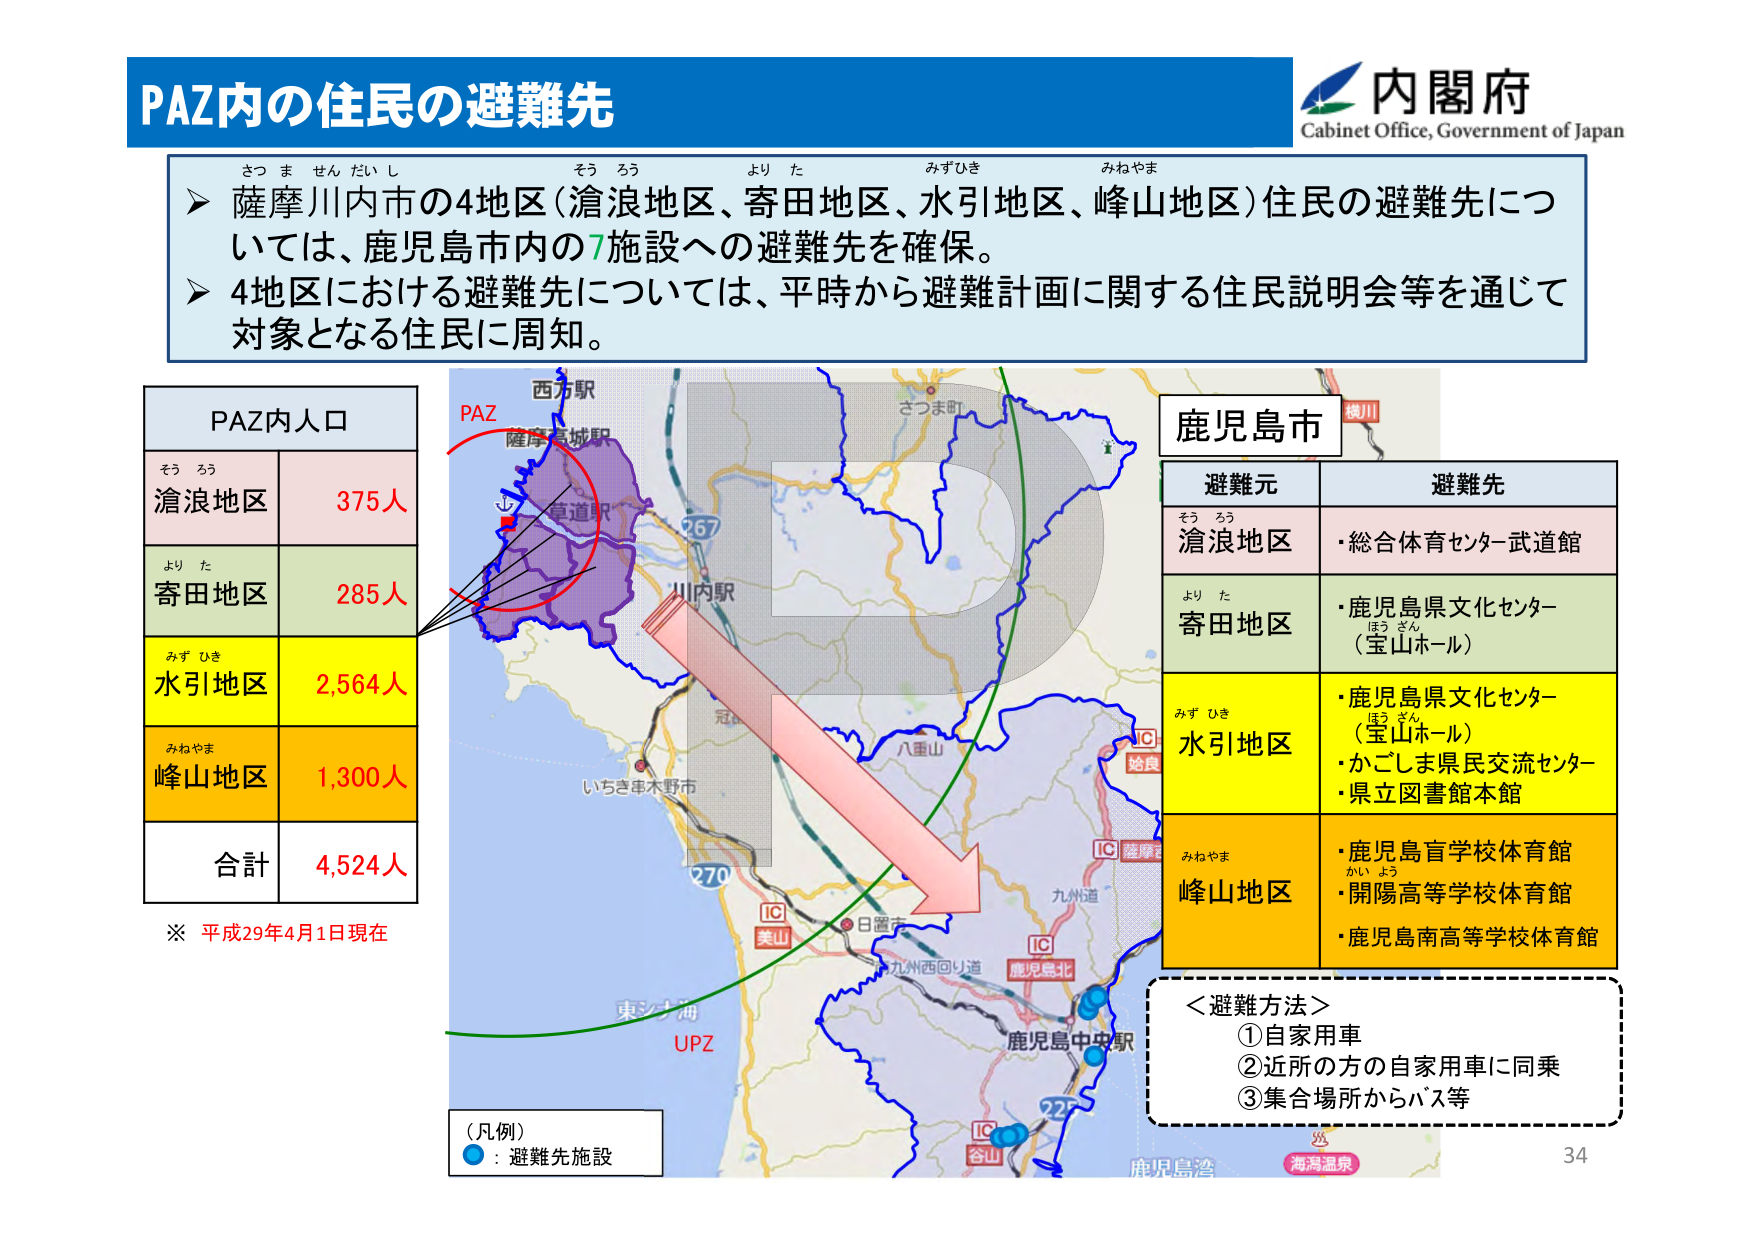
PAZ内の住民の避難先
内閣府
Cabinet Office, Government of Japan
さつ ま せん だい し
そう ろう
より た
みずひき
みねやま
➤ 薩摩川内市の4地区（滄浪地区、寄田地区、水引地区、峰山地区）住民の避難先については、鹿児島市内の7施設への避難先を確保。
➤ 4地区における避難先については、平時から避難計画に関する住民説明会等を通じて対象となる住民に周知。
PAZ内人口
そう ろう
滄浪地区
375人
より た
寄田地区
285人
みず ひき
水引地区
2,564人
みねやま
峰山地区
1,300人
合計
4,524人
※ 平成29年4月1日現在
西方駅
PAZ
薩摩高城駅
草道駅
川内駅
267
さつま町
鹿児島市
避難元
避難先
そう ろう
滄浪地区
・総合体育センター武道館
より た
寄田地区
・鹿児島県文化センター
ほう ざん
（宝山ホール）
みず ひき
水引地区
・鹿児島県文化センター
ほう ざん
（宝山ホール）
・かごしま県民交流センター
・県立図書館本館
みねやま
峰山地区
・鹿児島盲学校体育館
かい よう
・開陽高等学校体育館
・鹿児島南高等学校体育館
＜避難方法＞
①自家用車
②近所の方の自家用車に同乗
③集合場所からバス等
（凡例）
●：避難先施設
東シナ海
UPZ
冠
八重山
IC 姶良
IC 薩摩
九州道
IC 美山
日置市
九州西回り道
IC 鹿児島北
鹿児島中央駅
22
IC 谷山
鹿児島湾
海潟温泉
34